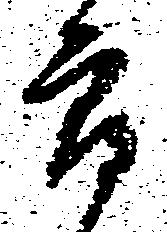
郎